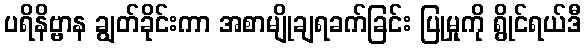
ပရိနိဗ္ဗာန ချွတ်ခိုင်းကာ အစာမျိုချရခက်ခြင်း ပြုမှုကို ရွိုင်ရယ်ဒီ